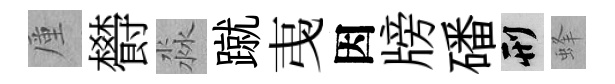
厪欎淼蹴𢎯因牓磻刑蜂